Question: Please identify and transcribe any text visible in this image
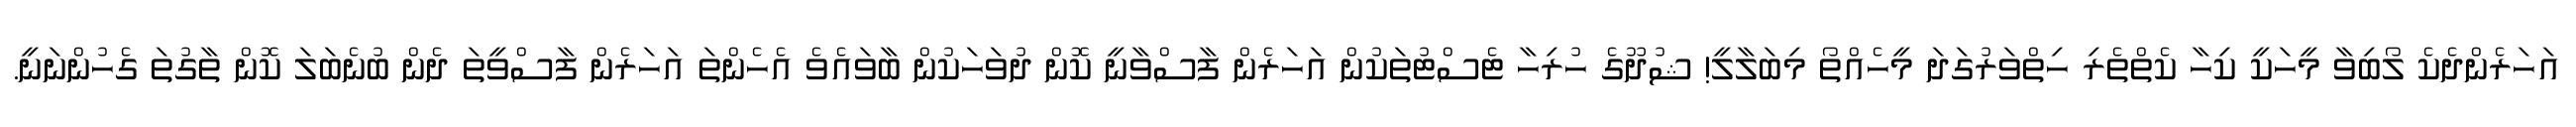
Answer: އަހަރެންދެކެ ލޯބިވާ މީހަކީ ކިހާ ކެތްތެރި ހިތްވަރުގަދަ މީހެއްތޯ މިބަލާލީ! ޝުދޫގެ ހުރިހާ ޓެސްޓުތަކުން އަހަރެން ފާސްވާނީ ކޮން ދުވަހަކުން ބާވައެވެ އެހެންތަ އަހަރެން ފާސްވީތަ ދެން ބުނެބަލަ ކޮން ތާގުތަ ގެހުންނަނީ.